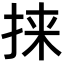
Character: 𫼲